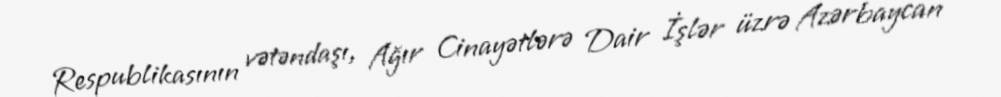
Respublikasının vətəndaşı, Ağır Cinayətlərə Dair İşlər üzrə Azərbaycan